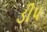
ડીપ